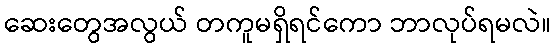
ဆေးတွေအလွယ် တကူမရှိရင်ကော ဘာလုပ်ရမလဲ။